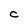
Character: C